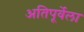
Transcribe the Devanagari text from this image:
अतिपूर्वेला